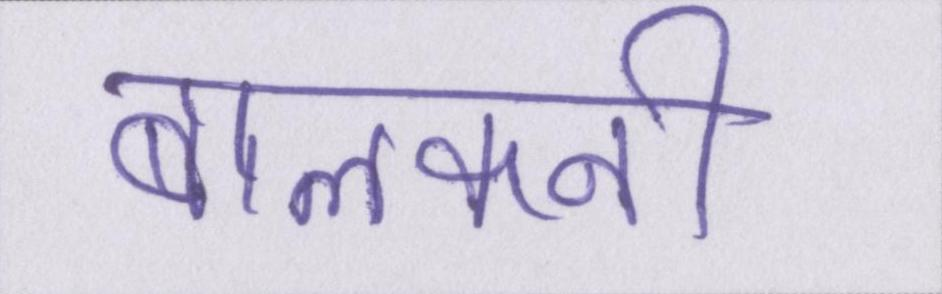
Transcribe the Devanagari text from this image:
बालकनी